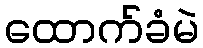
ထောက်ခံမဲ